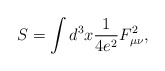
\begin{align*}S=\int d^3x \frac{1}{4e^2}F_{\mu\nu}^2,\end{align*}